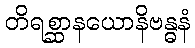
တိရစ္ဆာနယောနိဗန္ဓနံ